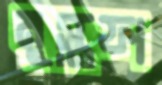
মুস্তফা